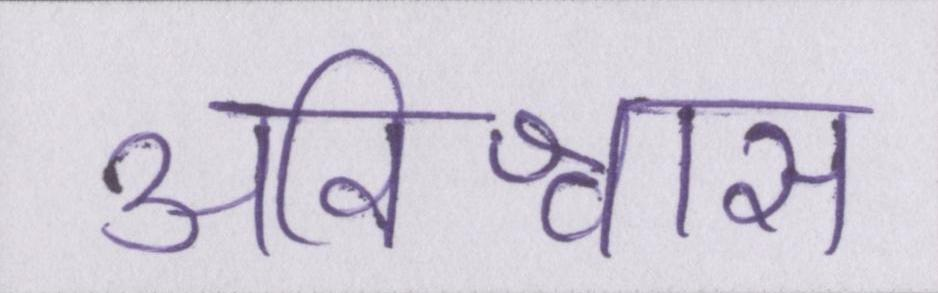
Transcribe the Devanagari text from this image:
अविश्वास